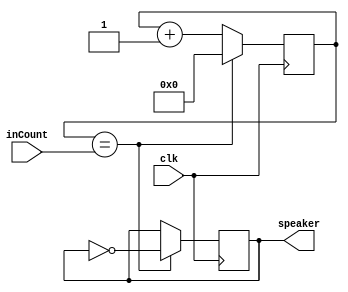
`timescale 1ns / 1ps
//////////////////////////////////////////////////////////////////////////////////
// Company: 
// Engineer: 
// 
// Design Name: 
// Module Name: ANoteClkDivider
// Project Name: 
// Target Devices: 
// Tool Versions: 
// Description: 
// 
// Dependencies: 
// 
// Revision:
// Revision 0.01 - File Created
// Additional Comments:
// 
//////////////////////////////////////////////////////////////////////////////////


module ANoteClkDivider(
    input clk,
    input [19:0] inCount,
    output reg speaker
    );

//Div val = 227272, 100 MHZ/227272 = 440 Hz
//flip speaker ever 113636 for 50% duty cycle
reg [19:0] counter;

initial begin
    speaker = 0;
end
//C4 = 101110101010000101
//D4 = 101001100100011001
//E4 = 100101000010000101
//F4 = 100010111101000100
//G4 = 11111001000111110
//A4 = 11011101111100100
//B4 = 11000101101110110
//C5 = 10111010101000100
//G0 = 11111001000111110111
always @(posedge clk)begin
    if(counter == inCount) begin
        speaker = ~speaker;
        counter <= 0; 
     end 
     else begin
     counter <= counter+1;
     end
end
endmodule